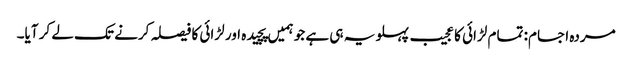
مردہ اجسام: تمام لڑائی کا عجیب پہلو یہ ہی ہے جو ہمیں پچیدہ اور لڑائی کا فیصلہ کرنے تک لے کر آیا۔